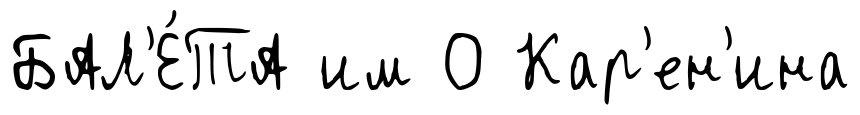
БАЛ'Е́ТА им О Кар'ен'ина